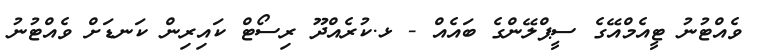
ވެއްޓުނު ޓީއެމްއޭގެ ސީޕްލޭންގެ ބައެއް - ޅ.ކުރެއްދޫ ރިސޯޓް ކައިރިން ކަނޑަށް ވެއްޓުނު